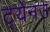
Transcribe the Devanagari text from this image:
ट्येनउ